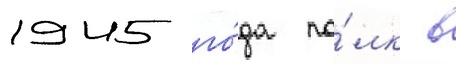
1945 го́да по́лк в